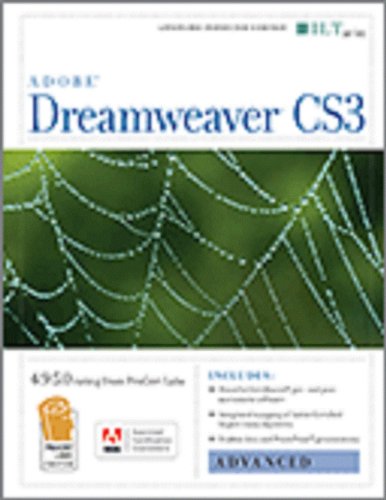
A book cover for Dreamweaver Cs3: Basic, Ace Edition + Certblaster, Instructor's Edition (ILT); Axzo Press; Computers & Technology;